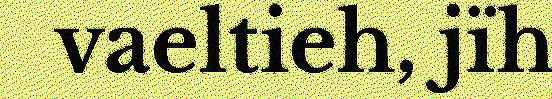
vaeltieh, jïh